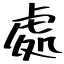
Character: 處